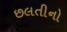
છલતીનો